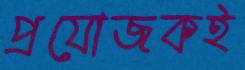
প্রযোজকই